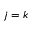
j = k